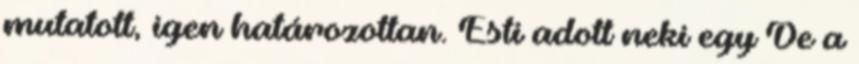
mutatott, igen határozottan. Esti adott neki egy De a